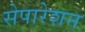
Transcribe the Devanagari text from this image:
सेपारेशन